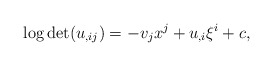
\begin{align*}\log\det (u_{,ij})=-v_jx^j+u_{,i}\xi^i+c,\end{align*}